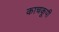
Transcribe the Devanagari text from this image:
काचकूपी